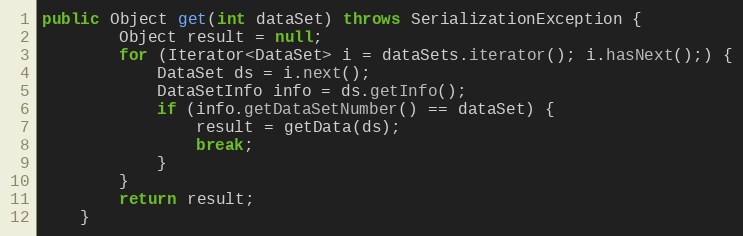
Language: Java
public Object get(int dataSet) throws SerializationException {
		Object result = null;
		for (Iterator<DataSet> i = dataSets.iterator(); i.hasNext();) {
			DataSet ds = i.next();
			DataSetInfo info = ds.getInfo();
			if (info.getDataSetNumber() == dataSet) {
				result = getData(ds);
				break;
			}
		}
		return result;
	}